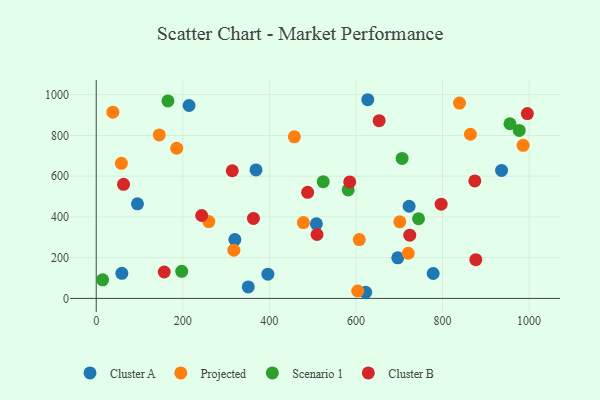
{"axis": {"x": "Investment", "y": "Fuel Efficiency"}, "legend": ["Cluster A", "Cluster B", "Projected", "Scenario 1"], "data": [{"x": "214.5", "y": 946.8, "type": "Cluster A"}, {"x": "722.8", "y": 452.3, "type": "Cluster A"}, {"x": "627.3", "y": 975.1, "type": "Cluster A"}, {"x": "508.6", "y": 366.1, "type": "Cluster A"}, {"x": "696.6", "y": 199.2, "type": "Cluster A"}, {"x": "351.2", "y": 56.5, "type": "Cluster A"}, {"x": "369.1", "y": 630.6, "type": "Cluster A"}, {"x": "936.4", "y": 628.0, "type": "Cluster A"}, {"x": "622.5", "y": 30.1, "type": "Cluster A"}, {"x": "320.3", "y": 288.6, "type": "Cluster A"}, {"x": "95.3", "y": 464.4, "type": "Cluster A"}, {"x": "59.2", "y": 123.0, "type": "Cluster A"}, {"x": "396.5", "y": 119.0, "type": "Cluster A"}, {"x": "778.4", "y": 122.3, "type": "Cluster A"}, {"x": "839.2", "y": 958.7, "type": "Projected"}, {"x": "38.5", "y": 913.9, "type": "Projected"}, {"x": "604.1", "y": 36.4, "type": "Projected"}, {"x": "185.8", "y": 736.9, "type": "Projected"}, {"x": "58.2", "y": 663.0, "type": "Projected"}, {"x": "720.8", "y": 221.6, "type": "Projected"}, {"x": "701.3", "y": 375.7, "type": "Projected"}, {"x": "457.8", "y": 792.8, "type": "Projected"}, {"x": "478.5", "y": 372.4, "type": "Projected"}, {"x": "260.1", "y": 376.9, "type": "Projected"}, {"x": "986.1", "y": 751.2, "type": "Projected"}, {"x": "145.6", "y": 802.4, "type": "Projected"}, {"x": "864.4", "y": 805.7, "type": "Projected"}, {"x": "318.0", "y": 236.9, "type": "Projected"}, {"x": "607.7", "y": 288.5, "type": "Projected"}, {"x": "197.5", "y": 132.9, "type": "Scenario 1"}, {"x": "955.7", "y": 857.1, "type": "Scenario 1"}, {"x": "582.1", "y": 532.6, "type": "Scenario 1"}, {"x": "977.2", "y": 824.6, "type": "Scenario 1"}, {"x": "706.6", "y": 687.1, "type": "Scenario 1"}, {"x": "14.8", "y": 91.4, "type": "Scenario 1"}, {"x": "524.4", "y": 572.7, "type": "Scenario 1"}, {"x": "744.6", "y": 391.0, "type": "Scenario 1"}, {"x": "165.7", "y": 969.4, "type": "Scenario 1"}, {"x": "157.1", "y": 129.6, "type": "Cluster B"}, {"x": "314.3", "y": 626.4, "type": "Cluster B"}, {"x": "363.2", "y": 392.3, "type": "Cluster B"}, {"x": "724.3", "y": 310.1, "type": "Cluster B"}, {"x": "796.8", "y": 462.4, "type": "Cluster B"}, {"x": "996.0", "y": 907.1, "type": "Cluster B"}, {"x": "653.6", "y": 872.4, "type": "Cluster B"}, {"x": "585.6", "y": 571.8, "type": "Cluster B"}, {"x": "243.6", "y": 407.0, "type": "Cluster B"}, {"x": "876.9", "y": 190.0, "type": "Cluster B"}, {"x": "488.4", "y": 520.5, "type": "Cluster B"}, {"x": "63.1", "y": 559.8, "type": "Cluster B"}, {"x": "510.1", "y": 313.7, "type": "Cluster B"}, {"x": "874.6", "y": 576.5, "type": "Cluster B"}]}